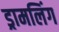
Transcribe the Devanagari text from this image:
ड्रामलिंग